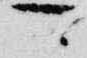
可